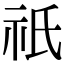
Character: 祇